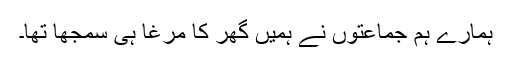
ہمارے ہم جماعتوں نے ہمیں گھر کا مرغا ہی سمجھا تھا۔